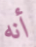
أنه